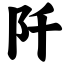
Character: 阡